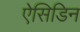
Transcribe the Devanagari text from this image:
ऐसिडिन